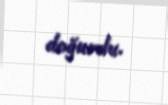
doğurdu.